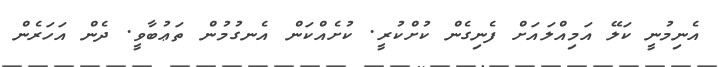
އެނިމުނީ ކަލޭ އަމިއްލައަށް ފެނިގެން ކުށްކުރީ. ކުށެއްކަން އެނގުމުން ތަޢުބާވީ. ދެން އަހަރެން